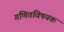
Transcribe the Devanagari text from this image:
गणितविषयक